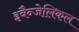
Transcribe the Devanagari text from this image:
इवैन्जेलिकल